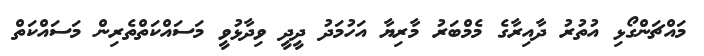
މައްޗަންގޯޅި އުތުރު ދާއިރާގެ މެމްބަރު މާރިޔާ އަހުމަދު ދީދީ ވިދާޅުވީ މަސައްކަތްތެރިން މަސައްކަތް